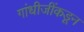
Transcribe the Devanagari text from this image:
गांधीजींकडून